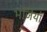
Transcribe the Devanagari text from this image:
भंजियाॅ